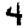
Digit: 4